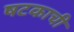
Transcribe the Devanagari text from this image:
षटकाची